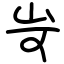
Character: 岢